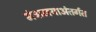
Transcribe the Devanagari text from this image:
मंत्रालयाअंतर्गत